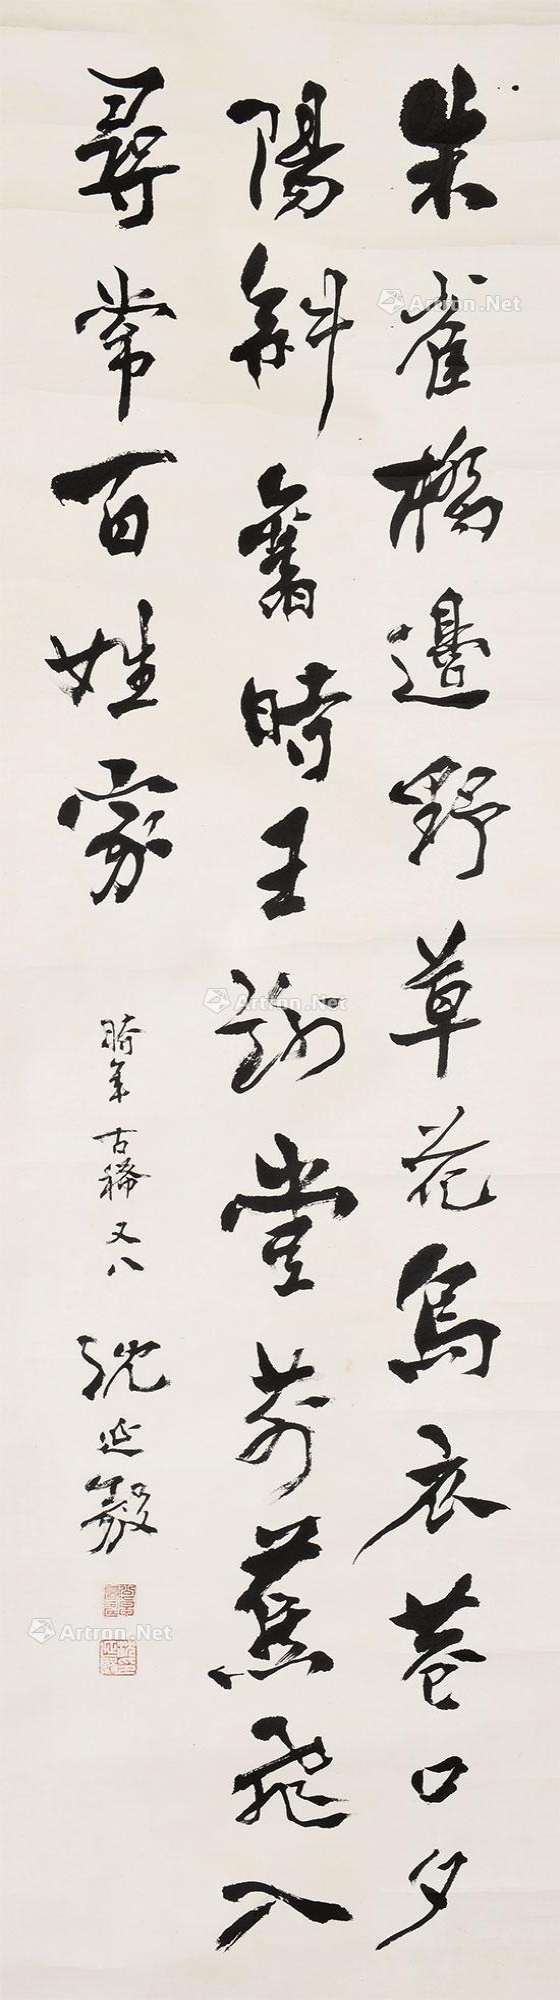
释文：朱雀桥边野草花，乌衣巷口夕阳斜。旧时王谢堂前燕，飞入寻常百姓家。时年古稀又八，沈延毅。